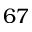
6 7